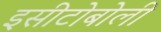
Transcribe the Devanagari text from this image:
इसीटोबोली